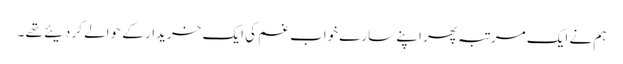
ہم نے ایک مرتبہ پھر اپنے سارے خواب غم کی ایک خریدار کے حوالے کر دیئے تھے ۔